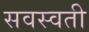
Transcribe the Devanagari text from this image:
सवस्वती